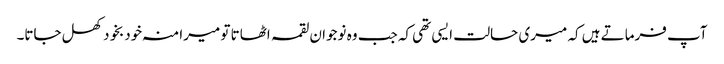
آپ فرماتے ہیں کہ میری حالت ایسی تھی کہ جب وہ نوجوان لقمہ اٹھاتا تو میرا منہ خودبخود کھل جاتا۔